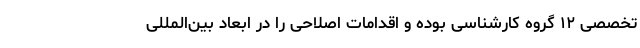
تخصصی ۱۲ گروه کارشناسی بوده و اقدامات اصلاحی را در ابعاد بین‌المللی